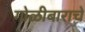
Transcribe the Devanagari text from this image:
गोळीबाराचे